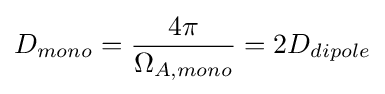
D_{mono}={\frac {4\pi }{\Omega _{A,mono}}}=2D_{dipole}